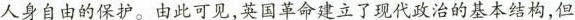
人身自由的保护。由此可见，英国革命建立了现代政治的基本结构，但